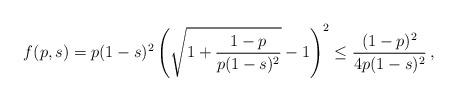
LaTeX: \begin{align*} f(p,s) & = p(1-s)^2 \left(\sqrt{1+ \frac{1-p}{p(1-s)^2}} -1\right)^2 \le \frac{(1-p)^2}{4 p(1-s)^2} \, , \end{align*}